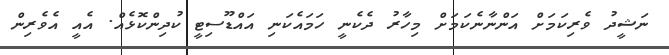
ނަޝީދު ވެރިކަމަށް އަންނާނެކަމަށް މިހާރު ދެކެނީ ހަމައެކަނި އައްޑޫސިޓީ ކުދިންކޮޅެއް. އެއީ އެވެރިން